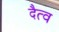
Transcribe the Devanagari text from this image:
दैत्व